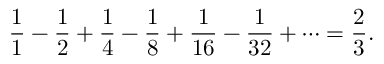
{ \frac { 1 } { 1 } } - { \frac { 1 } { 2 } } + { \frac { 1 } { 4 } } - { \frac { 1 } { 8 } } + { \frac { 1 } { 1 6 } } - { \frac { 1 } { 3 2 } } + \cdots = { \frac { 2 } { 3 } } .